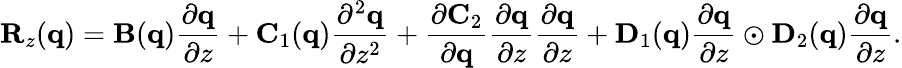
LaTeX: \mathbf{R}_{z}(\mathbf{q})=\mathbf{B}(\mathbf{q})\frac{\partial\mathbf{q}}{\partial z}+\mathbf{C}_{1}(\mathbf{q})\frac{\partial^{2}\mathbf{q}}{\partial z^{2}}+\frac{\partial\mathbf{C}_{2}}{\partial\mathbf{q}}\frac{\partial\mathbf{q}}{\partial z}\frac{\partial\mathbf{q}}{\partial z}+\mathbf{D}_{1}(\mathbf{q})\frac{\partial\mathbf{q}}{\partial z}\odot\mathbf{D}_{2}(\mathbf{q})\frac{\partial\mathbf{q}}{\partial z}.